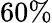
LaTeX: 60\%